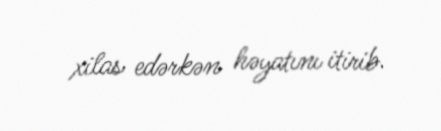
xilas edərkən həyatını itirib.